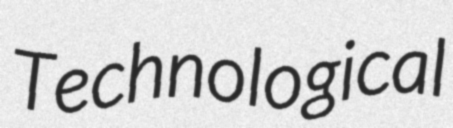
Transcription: Technological